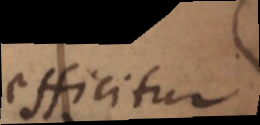
efficitur